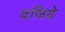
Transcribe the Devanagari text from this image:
दजिये